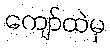
ကျော်ထဲမှ